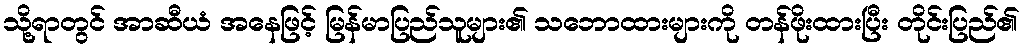
သို့ရာတွင် အာဆီယံ အနေဖြင့် မြန်မာပြည်သူများ၏ သဘောထားများကို တန်ဖိုးထားပြီး တိုင်းပြည်၏